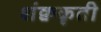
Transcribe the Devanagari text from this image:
शंक्वकृती